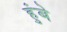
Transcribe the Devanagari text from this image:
हुंबे